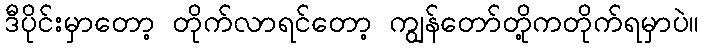
ဒီပိုင်းမှာတော့ တိုက်လာရင်တော့ ကျွန်တော်တို့ကတိုက်ရမှာပဲ။